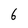
Character: 6